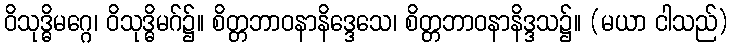
ဝိသုဒ္ဓိမဂ္ဂေ၊ ဝိသုဒ္ဓိမဂ်၌။ စိတ္တဘာဝနာနိဒ္ဒေသေ၊ စိတ္တဘာဝနာနိဒ္ဒသ၌။ (မယာ ငါသည်)